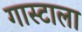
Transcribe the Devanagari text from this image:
गास्टाला